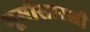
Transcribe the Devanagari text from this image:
भूमीसारखी